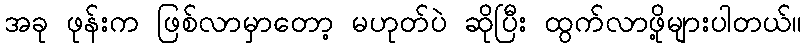
အခု ဖုန်းက ဖြစ်လာမှာတော့ မဟုတ်ပဲ ဆိုပြီး ထွက်လာဖို့များပါတယ်။